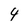
Character: 4